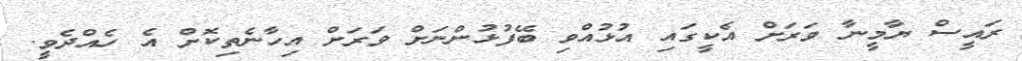
ރައީސް ޔާމީނާ ވަރަށް އެކީގައި އުޅުއްވި ބޭފުޅުންނަށް ވަރަށް އިހާނެތިކޮށް އެ ހެއްދެވީ.